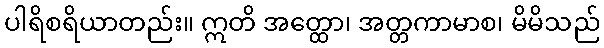
ပါရိစရိယာတည်း။ ဣတိ အတ္ထော၊ အတ္တကာမာစ၊ မိမိသည်